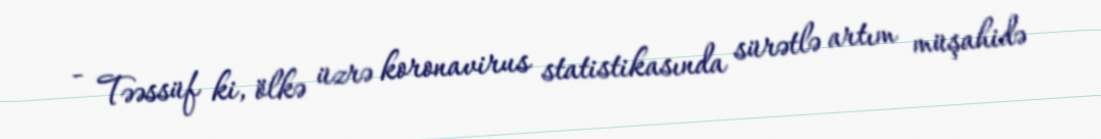
- Təəssüf ki, ölkə üzrə koronavirus statistikasında sürətlə artım müşahidə